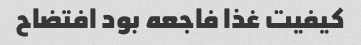
کیفیت غذا فاجعه بود افتضاح